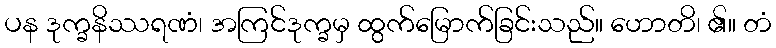
ပန ဒုက္ခနိဿရဏံ၊ အကြင်ဒုက္ခမှ ထွက်မြောက်ခြင်းသည်။ ဟောတိ၊ ၏။ တံ